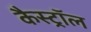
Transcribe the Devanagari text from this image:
कैस्ट्रॉल